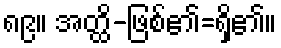
၈၉။ အတ္ထိ-ဖြစ်၏=ရှိ၏။